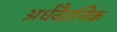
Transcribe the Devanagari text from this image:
अर्धवैतनिक